画像に写った文字を読んでください
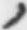
「ノ」と書いてあります